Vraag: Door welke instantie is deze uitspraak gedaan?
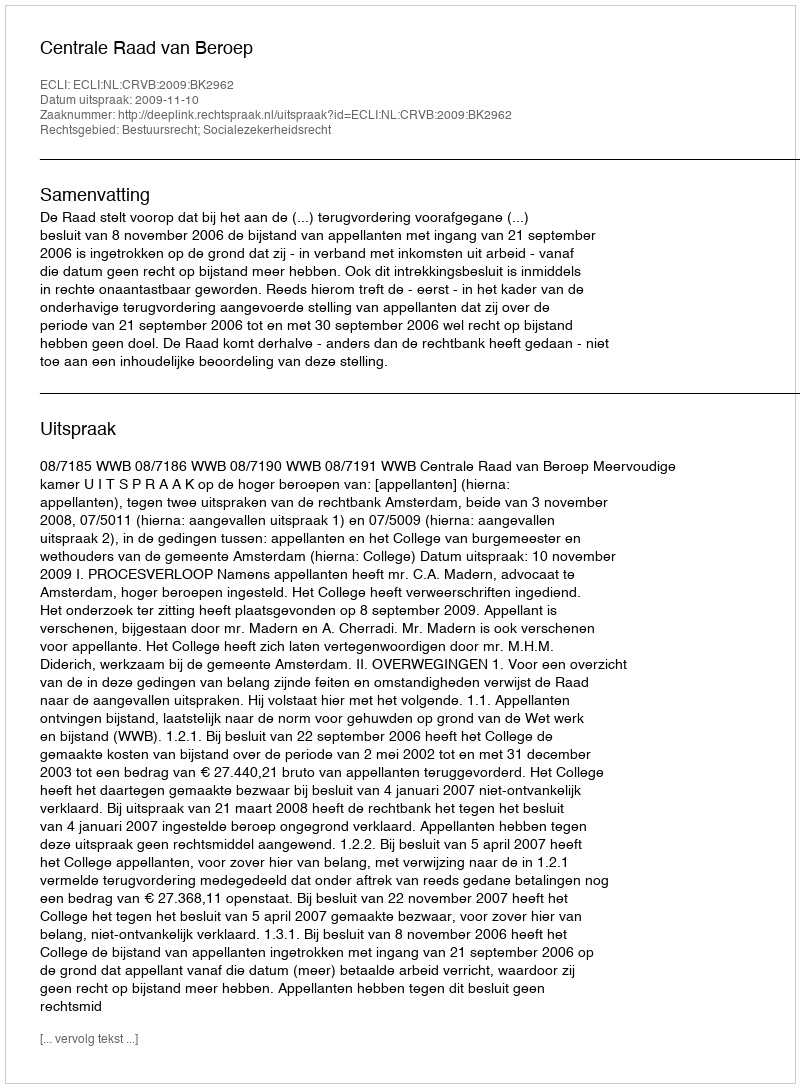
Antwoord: Centrale Raad van Beroep